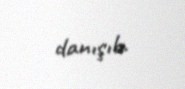
danışıb.